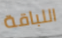
اللباقة